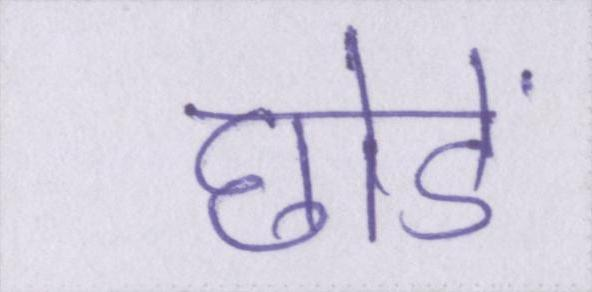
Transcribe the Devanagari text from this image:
छोडें